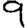
Digit: 9